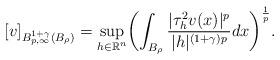
LaTeX: \begin{align*}[v]_{B^{1+\gamma}_{p,\infty}(B_\rho)} = \displaystyle\sup_{h \in \mathbb{R}^{n}} \biggl( \displaystyle\int_{B_\rho} \dfrac{|\tau^2_hv(x)|^{p}}{|h|^{(1+\gamma) p}} dx \biggr)^{\frac{1}{p}}. \end{align*}